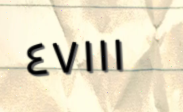
٤٧١١١